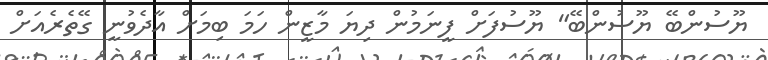
ޔޫސުންބޭ ޔޫސުންބޭ" ޔޫސުފަށް ފީނަމުން ދިޔަ މާޒީން ހަމަ ބިމަށް އާދެވުނީ ގޭތެރެއަށް